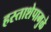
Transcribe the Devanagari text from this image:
हस्ताशेपामुळे